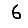
Digit: 6